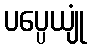
ပပ္ပေယျုံ